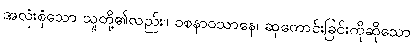
အလုံးစုံသော သူတို့၏လည်း။ ဝစနာဝသာနေ၊ ဆုတောင်းခြင်းကိုဆိုသော